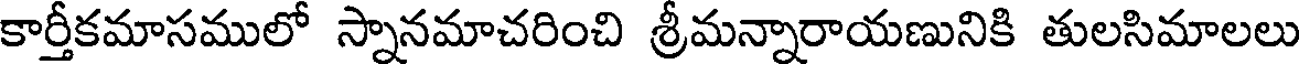
కార్తీకమాసములో స్నానమాచరించి శ్రీమన్నారాయణునికి తులసిమాలలు